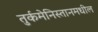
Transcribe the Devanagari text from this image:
तुर्कमेनिस्तानमधील